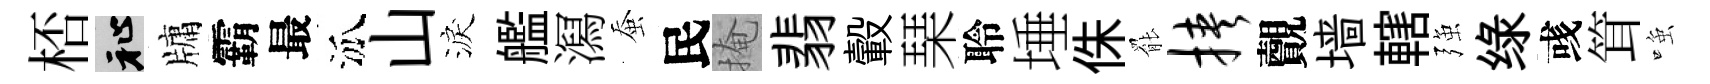
桮祉牗霸最泒山淚艦㵼蚕民掩翡轂琹聆埵侏罷挟覿墙轄强绿彧䇯𫪻